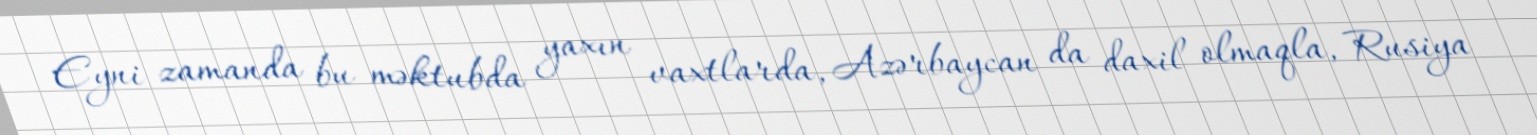
Eyni zamanda bu məktubda yaxın vaxtlarda, Azərbaycan da daxil olmaqla, Rusiya